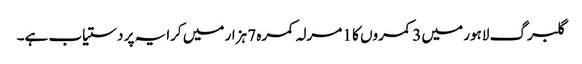
گلبرگ لاہور میں 3 کمروں کا 1 مرلہ کمرہ 7 ہزار میں کرایہ پر دستیاب ہے۔